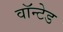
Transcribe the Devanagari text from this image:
वाॅन्टेड